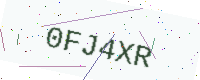
Text: 0FJ4XR